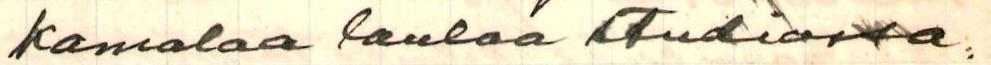
kamalaa laulaa studiossa: